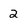
Character: 2